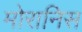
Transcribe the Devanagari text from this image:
मोरानिस